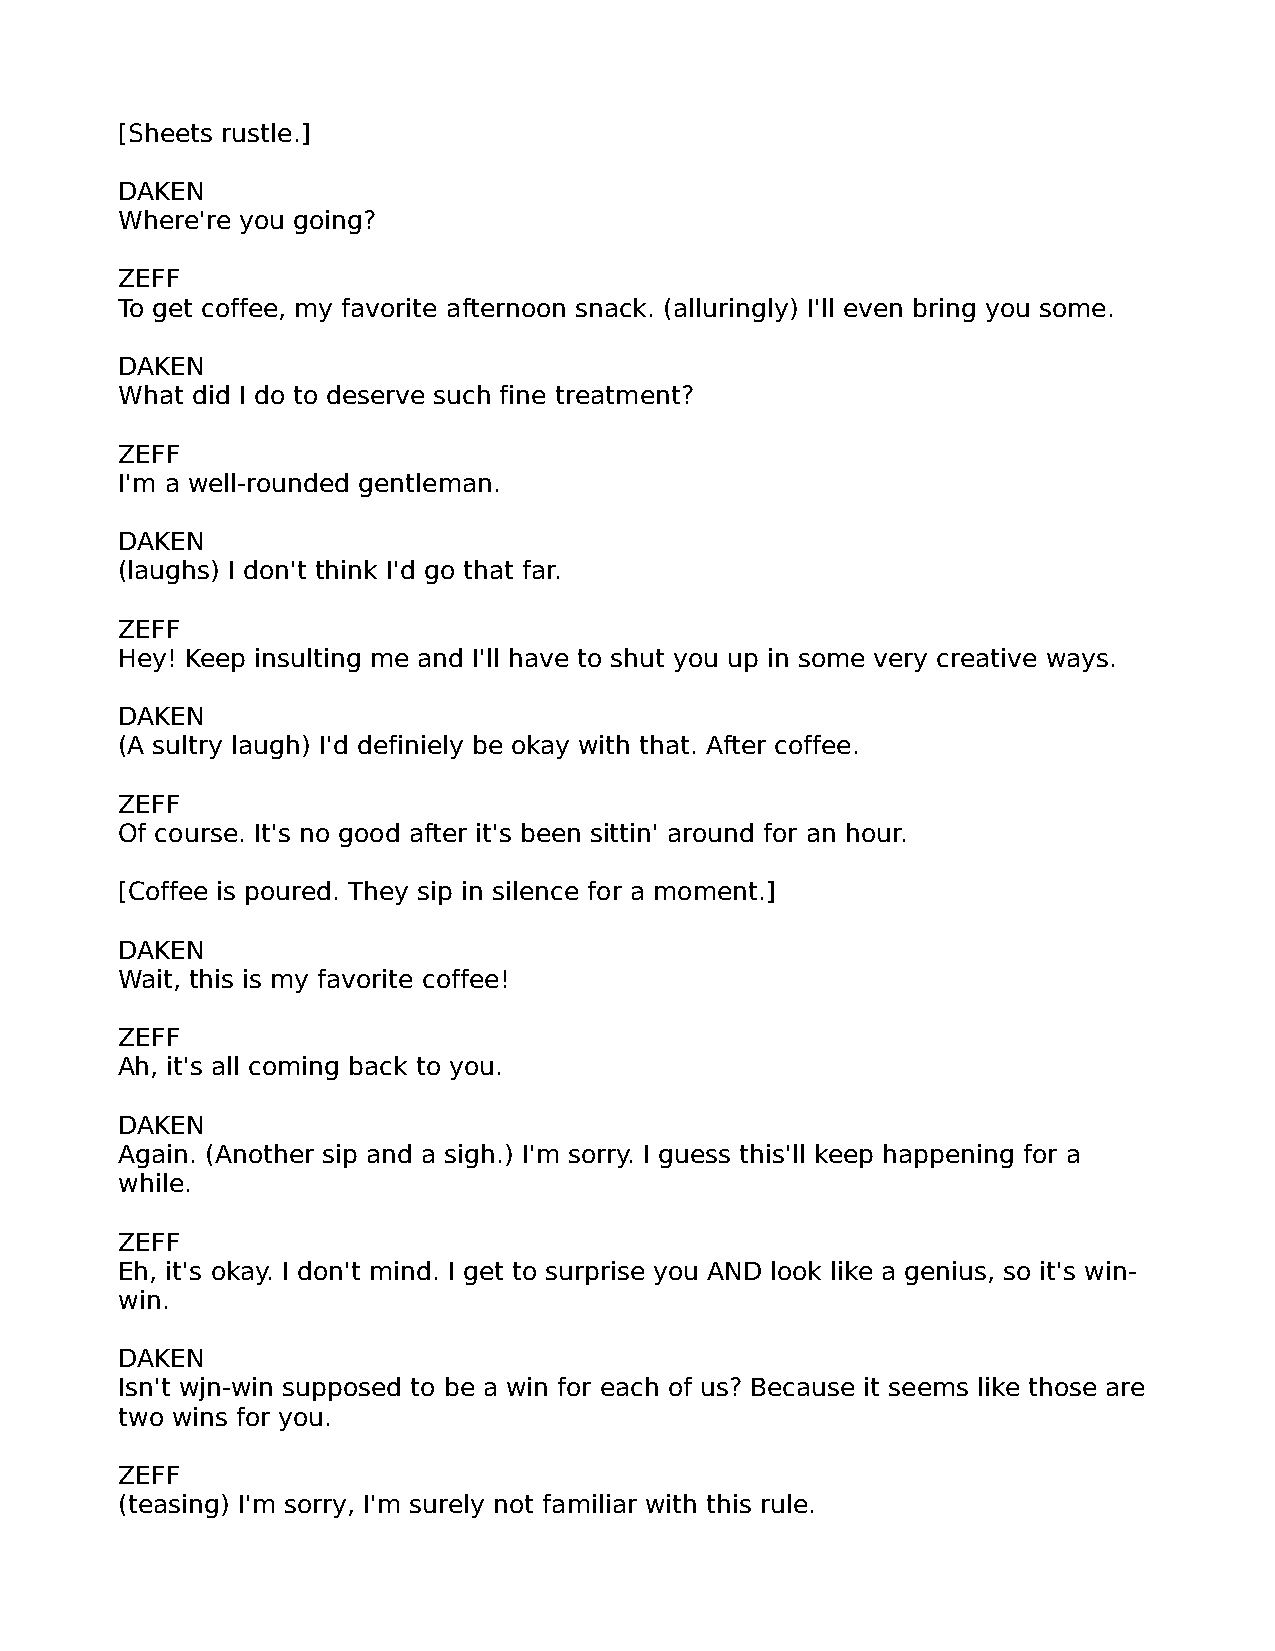
[Sheets rustle.]
 DAKEN
 Where're you going?
 ZEFF
 To get coffee, my favorite afternoon snack. (alluringly) I'll even bring you some.
 DAKEN
 What did I do to deserve such fine treatment?
 ZEFF
 I'm a well-rounded gentleman.
 DAKEN
 (laughs) I don't think I'd go that far.
 ZEFF
 Hey! Keep insulting me and I'll have to shut you up in some very creative ways.
 DAKEN
 (A sultry laugh) I'd definiely be okay with that. After coffee.
 ZEFF
 Of course. It's no good after it's been sittin' around for an hour.
 [Coffee is poured. They sip in silence for a moment.]
 DAKEN
 Wait, this is my favorite coffee!
 ZEFF
 Ah, it's all coming back to you.
 DAKEN
 Again. (Another sip and a sigh.) I'm sorry. I guess this'll keep happening for a
 while.
 ZEFF
 Eh, it's okay. I don't mind. I get to surprise you AND look like a genius, so it's win-
 win.
 DAKEN
 Isn't wjn-win supposed to be a win for each of us? Because it seems like those are
 two wins for you.
 ZEFF
 (teasing) I'm sorry, I'm surely not familiar with this rule.